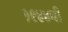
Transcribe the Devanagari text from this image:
१९४४ची